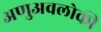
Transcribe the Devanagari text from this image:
अणुअवलोकी